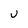
Character: U